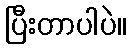
ပြီးတာပါပဲ။